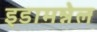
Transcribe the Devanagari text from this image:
इडामन्नेल